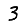
Digit: 3